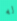
له